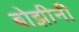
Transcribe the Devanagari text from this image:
बोझीनी